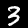
Digit: 3